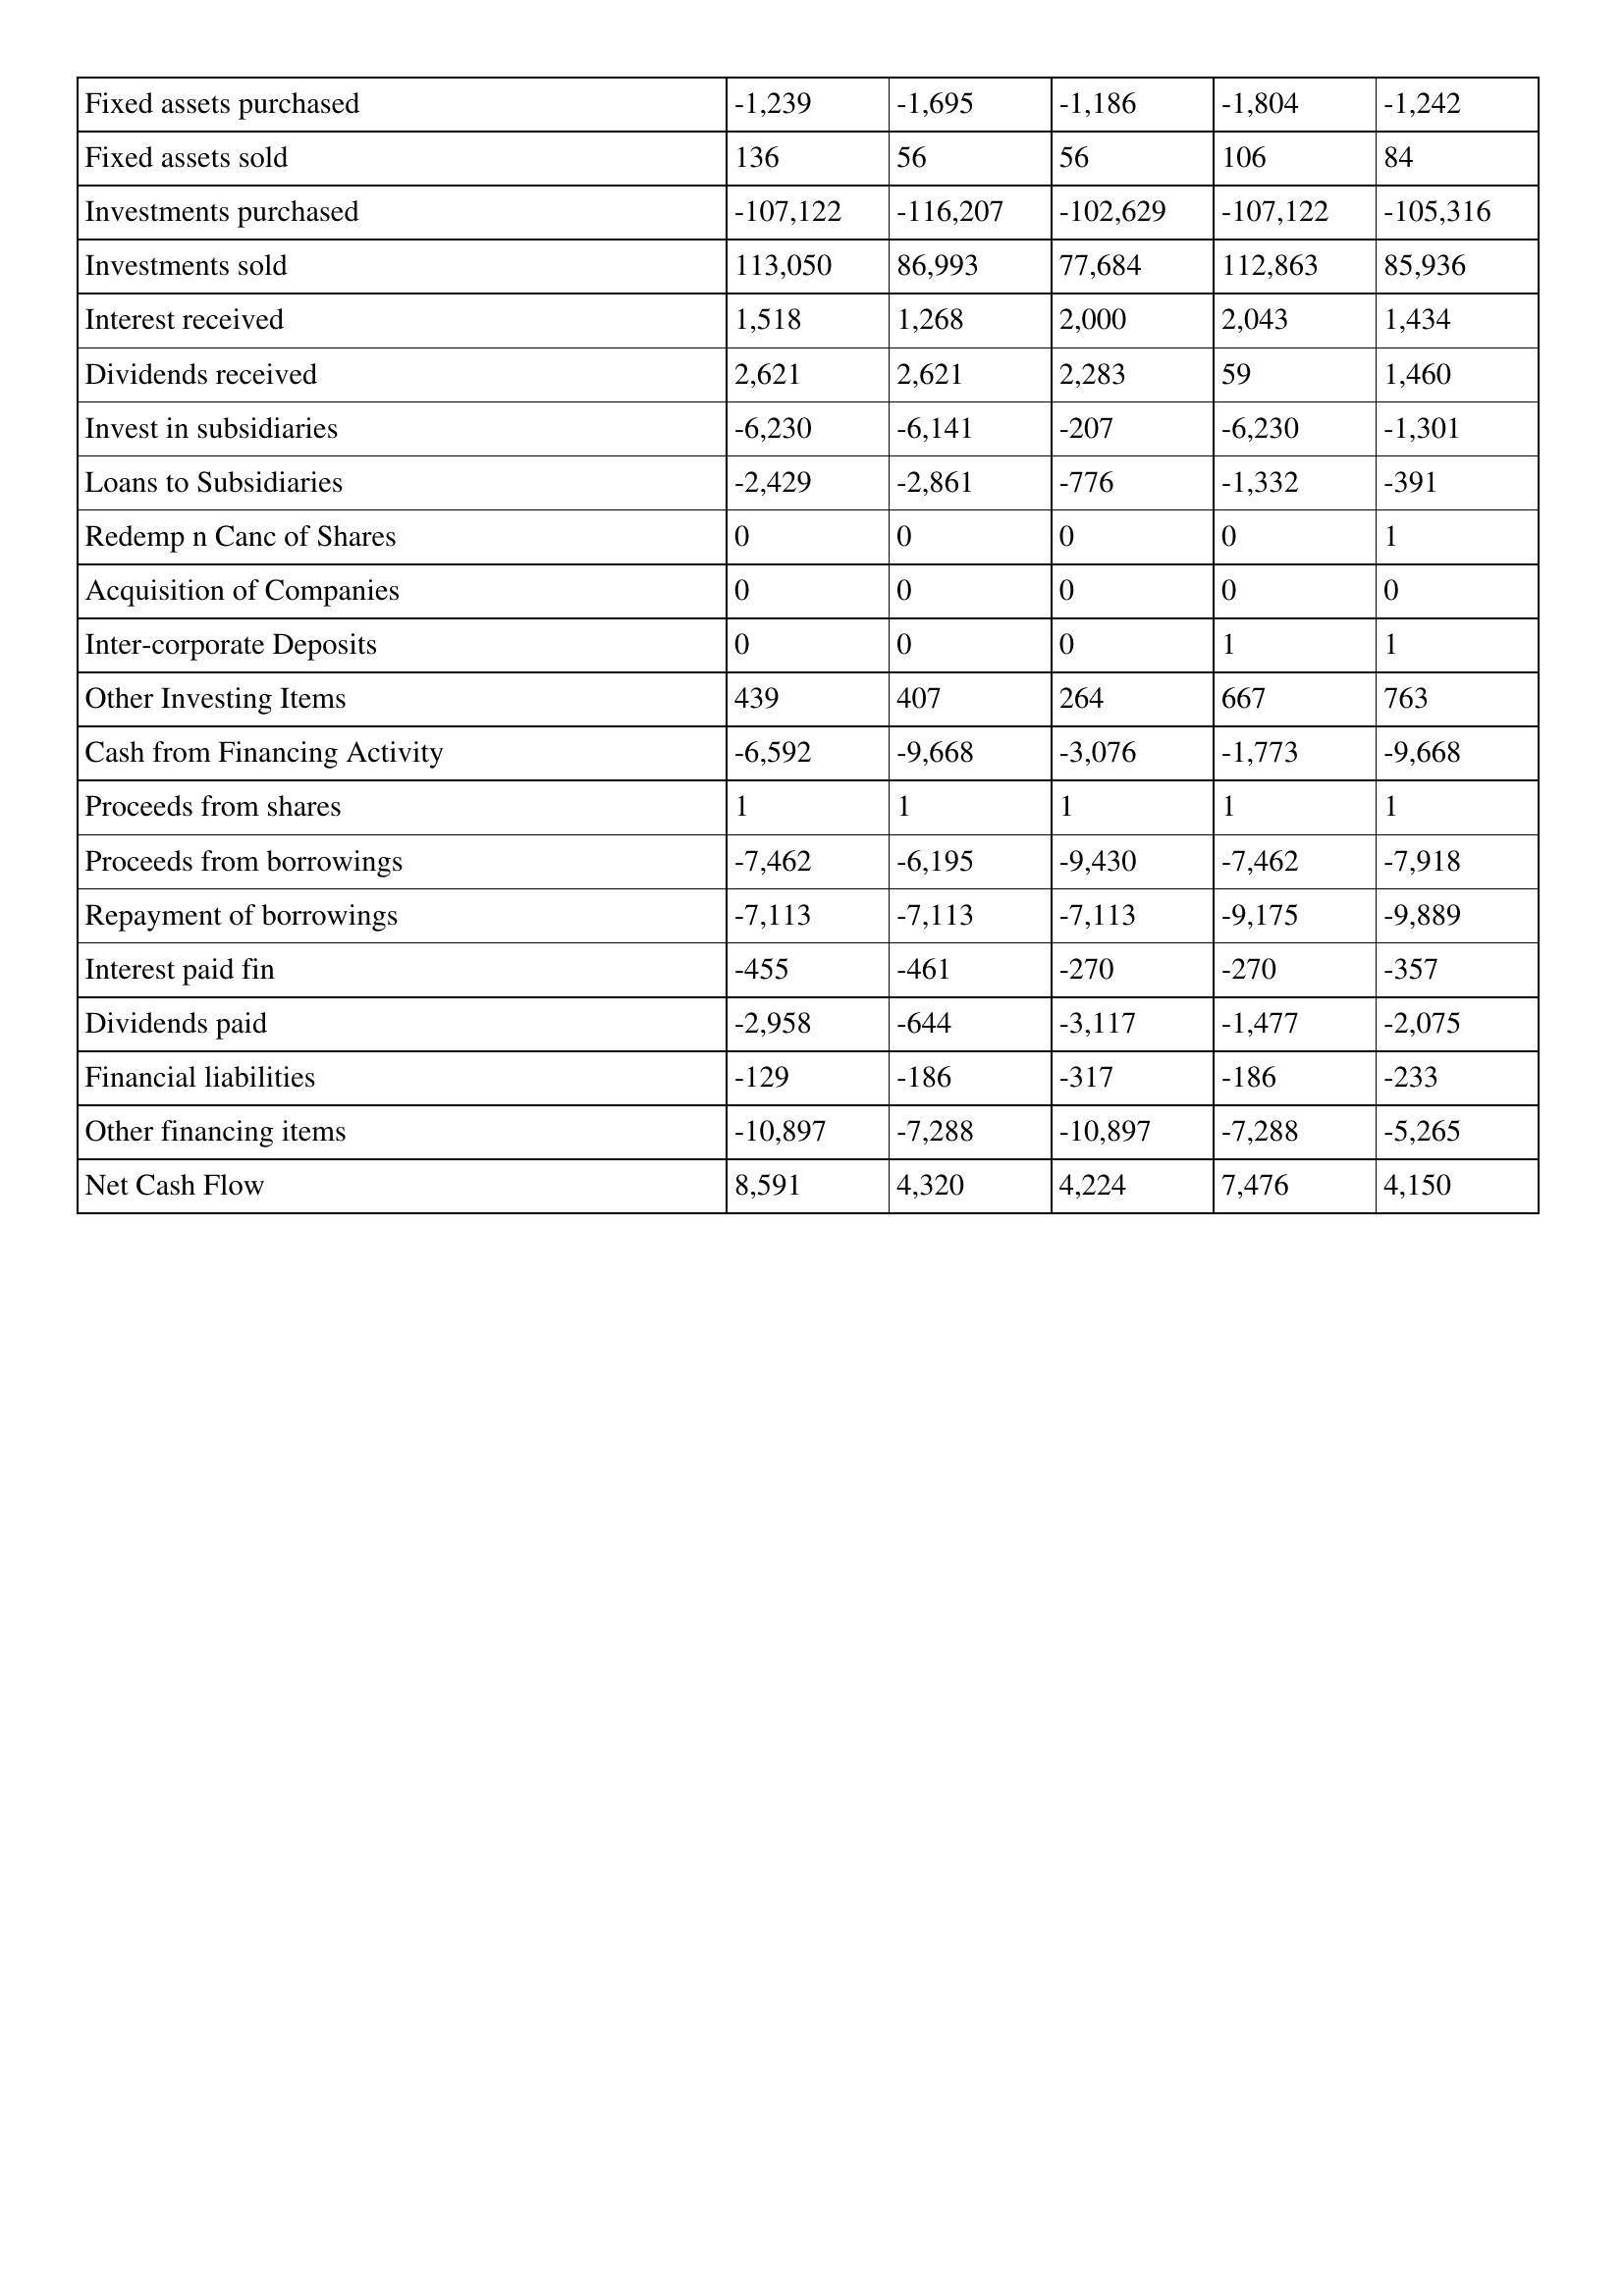
gt_parse: 2001: Cash Flows: Fixed assets purchased: -1,239
Fixed assets sold: 136
Investments purchased: -107,122
Investments sold: 113,050
Interest received: 1,518
Dividends received: 2,621
Invest in subsidiaries: -6,230
Loans to Subsidiaries: -2,429
Redemp n Canc of Shares: 0
Acquisition of Companies: 0
Inter-corporate Deposits: 0
Other Investing Items: 439
Cash from Financing Activity: -6,592
Proceeds from shares: 1
Proceeds from borrowings: -7,462
Repayment of borrowings: -7,113
Interest paid fin: -455
Dividends paid: -2,958
Financial liabilities: -129
Other financing items: -10,897
Net Cash Flow: 8,591
2000: Cash Flows: Fixed assets purchased: -1,695
Fixed assets sold: 56
Investments purchased: -116,207
Investments sold: 86,993
Interest received: 1,268
Dividends received: 2,621
Invest in subsidiaries: -6,141
Loans to Subsidiaries: -2,861
Redemp n Canc of Shares: 0
Acquisition of Companies: 0
Inter-corporate Deposits: 0
Other Investing Items: 407
Cash from Financing Activity: -9,668
Proceeds from shares: 1
Proceeds from borrowings: -6,195
Repayment of borrowings: -7,113
Interest paid fin: -461
Dividends paid: -644
Financial liabilities: -186
Other financing items: -7,288
Net Cash Flow: 4,320
1999: Cash Flows: Fixed assets purchased: -1,186
Fixed assets sold: 56
Investments purchased: -102,629
Investments sold: 77,684
Interest received: 2,000
Dividends received: 2,283
Invest in subsidiaries: -207
Loans to Subsidiaries: -776
Redemp n Canc of Shares: 0
Acquisition of Companies: 0
Inter-corporate Deposits: 0
Other Investing Items: 264
Cash from Financing Activity: -3,076
Proceeds from shares: 1
Proceeds from borrowings: -9,430
Repayment of borrowings: -7,113
Interest paid fin: -270
Dividends paid: -3,117
Financial liabilities: -317
Other financing items: -10,897
Net Cash Flow: 4,224
1998: Cash Flows: Fixed assets purchased: -1,804
Fixed assets sold: 106
Investments purchased: -107,122
Investments sold: 112,863
Interest received: 2,043
Dividends received: 59
Invest in subsidiaries: -6,230
Loans to Subsidiaries: -1,332
Redemp n Canc of Shares: 0
Acquisition of Companies: 0
Inter-corporate Deposits: 1
Other Investing Items: 667
Cash from Financing Activity: -1,773
Proceeds from shares: 1
Proceeds from borrowings: -7,462
Repayment of borrowings: -9,175
Interest paid fin: -270
Dividends paid: -1,477
Financial liabilities: -186
Other financing items: -7,288
Net Cash Flow: 7,476
1997: Cash Flows: Fixed assets purchased: -1,242
Fixed assets sold: 84
Investments purchased: -105,316
Investments sold: 85,936
Interest received: 1,434
Dividends received: 1,460
Invest in subsidiaries: -1,301
Loans to Subsidiaries: -391
Redemp n Canc of Shares: 1
Acquisition of Companies: 0
Inter-corporate Deposits: 1
Other Investing Items: 763
Cash from Financing Activity: -9,668
Proceeds from shares: 1
Proceeds from borrowings: -7,918
Repayment of borrowings: -9,889
Interest paid fin: -357
Dividends paid: -2,075
Financial liabilities: -233
Other financing items: -5,265
Net Cash Flow: 4,150